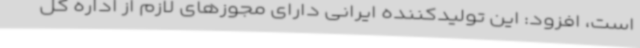
است، افزود: این تولیدکننده ایرانی دارای مجوزهای لازم از اداره کل